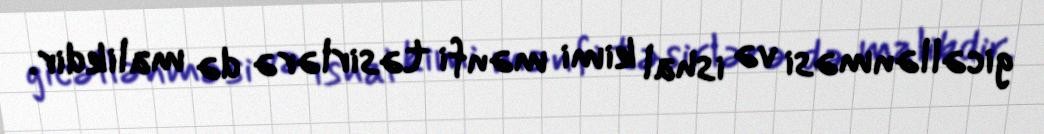
gicəllənməsi və ishal kimi mənfi təsirlərə də malikdir.